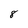
Character: 8